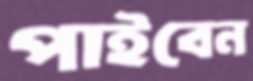
পাইবেন